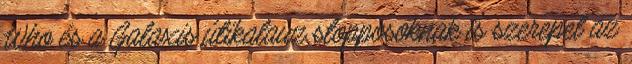
Who és a Galaxis útikalauz stopposoknak is szerepel az